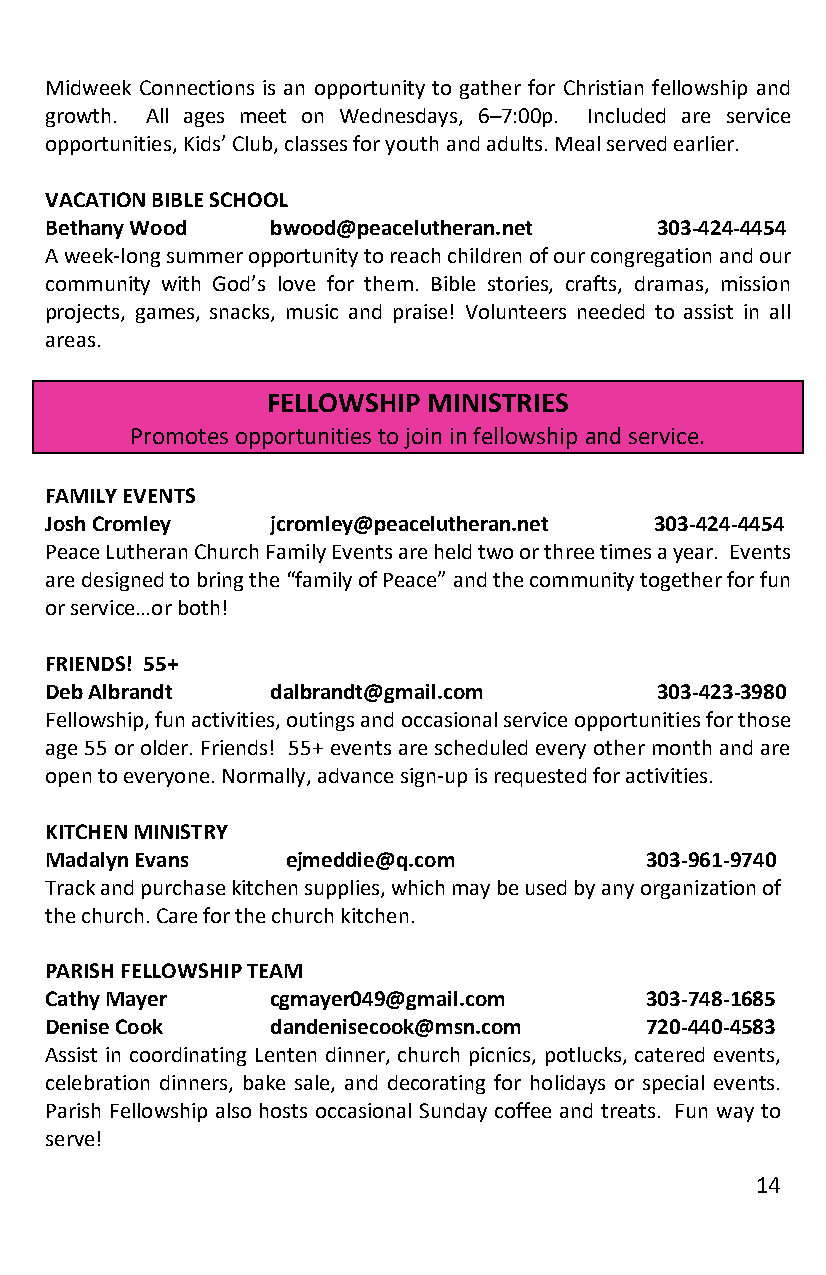
Midweek Connections is an opportunity to gather for Christian fellowship and
 growth. All ages meet on Wednesdays, 6–7:00p. Included are service
 opportunities, Kids’ Club, classes for youth and adults. Meal served earlier.
 VACATION BIBLE SCHOOL
 Bethany Wood   bwood@peacelutheran.net  303-424-4454
 A week-long summer opportunity to reach children of our congregation and our
 community with God’s love for them. Bible stories, crafts, dramas, mission
 projects, games, snacks, music and praise! Volunteers needed to assist in all
 areas.
 FELLOWSHIP MINISTRIES
 Promotes opportunities to join in fellowship and service.
 FAMILY EVENTS
 Josh Cromley   jcromley@peacelutheran.net 303-424-4454
 Peace Lutheran Church Family Events are held two or three times a year. Events
 are designed to bring the “family of Peace” and the community together for fun
 or service…or both!
 FRIENDS! 55+
 Deb Albrandt   dalbrandt@gmail.com      303-423-3980
 Fellowship, fun activities, outings and occasional service opportunities for those
 age 55 or older. Friends! 55+ events are scheduled every other month and are
 open to everyone. Normally, advance sign-up is requested for activities.
 KITCHEN MINISTRY
 Madalyn Evans   ejmeddie@q.com          303-961-9740
 Track and purchase kitchen supplies, which may be used by any organization of
 the church. Care for the church kitchen.
 PARISH FELLOWSHIP TEAM
 Cathy Mayer    cgmayer049@gmail.com     303-748-1685
 Denise Cook    dandenisecook@msn.com    720-440-4583
 Assist in coordinating Lenten dinner, church picnics, potlucks, catered events,
 celebration dinners, bake sale, and decorating for holidays or special events.
 Parish Fellowship also hosts occasional Sunday coffee and treats. Fun way to
 serve!
 14